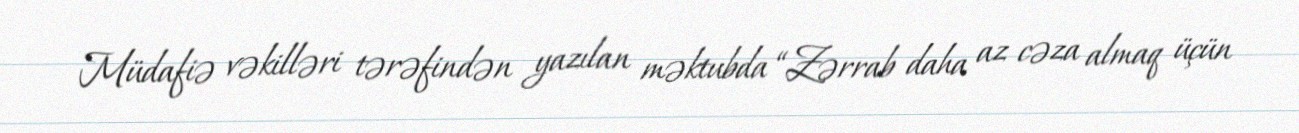
Müdafiə vəkilləri tərəfindən yazılan məktubda “Zərrab daha az cəza almaq üçün